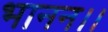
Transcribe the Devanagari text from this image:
भानन।।